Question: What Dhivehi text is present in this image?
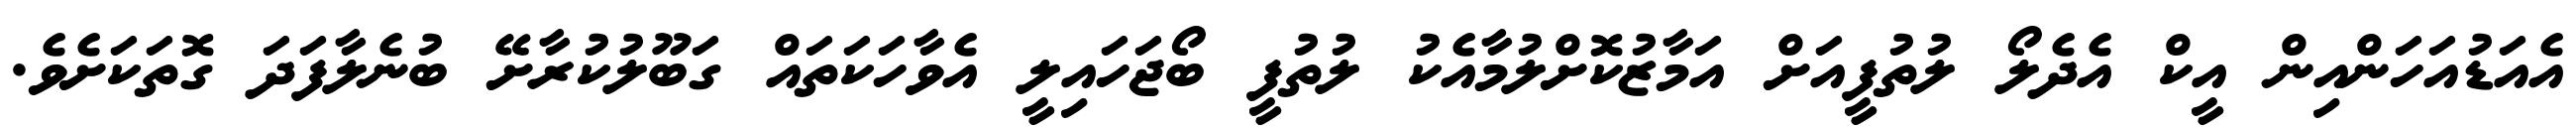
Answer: އެއަޑުއަހަންއިން އީކް އެދެލޯ ލުތުފީއަށް އަމާޒުކޮށްލުމާއެކު ލުތުފީ ބޯޖަހައިލީ އެވާހަކަތައް ގަބޫލުކުރާށޭ ބުނެލާފަދަ ގޮތަކަށެވެ.